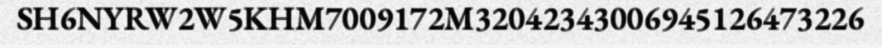
SH6NYRW2W5KHM7009172M32042343006945126473226